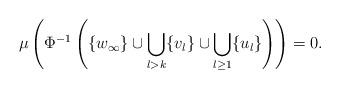
LaTeX: \begin{align*}\mu\left(\Phi^{-1}\left(\{w_\infty\}\cup \bigcup_{l>k}\{v_l\}\cup \bigcup_{l\geq 1}\{u_l\}\right)\right)=0.\end{align*}